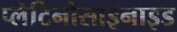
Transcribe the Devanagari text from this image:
प्लेटिनोसाइनाइड